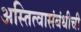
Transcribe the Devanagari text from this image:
अस्तित्वासंबंधीची